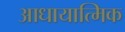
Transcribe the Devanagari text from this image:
आधायात्मिक